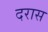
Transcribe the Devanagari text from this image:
दरास